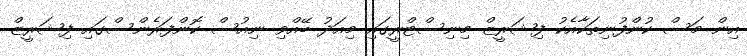
އިން މަސް ކުންފުނިތަކާއެކު ފިޝަރީޒް މިނިސްޓްރީގައި މިއަދު ބޭއްވި ނިއުސް ކޮންފަރެންސްގައި ފިޝަރީޒް